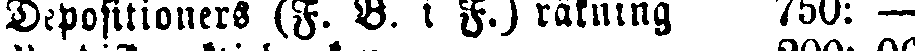
Depositioners (F. B. i F.) räkning 750: —